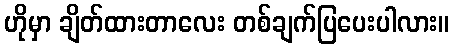
ဟိုမှာ ချိတ်ထားတာလေး တစ်ချက်ပြပေးပါလား။